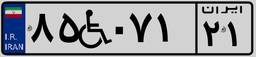
۸۵W۰۷۱۲۱